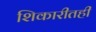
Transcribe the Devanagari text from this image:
शिकारीतही